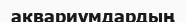
аквариумдардың